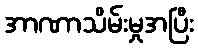
အာဏာသိမ်းမှုအပြီး